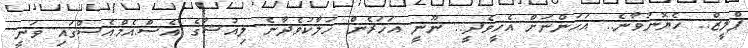
ޕްލީޒް.. ހެޔޮނުވާނެ.. އަހަންނަށް އެހީވެދީ.. ނޫނީ އަހަރެން ހަލާކުވެދާނެ ލިއުޝާގެ އެސް.އެމް.އެސްގައި ވަނީ